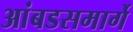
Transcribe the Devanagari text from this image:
आंबडसमार्गे